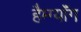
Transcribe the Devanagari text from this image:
हैम्ग्यॉंग